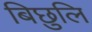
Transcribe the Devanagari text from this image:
बिछुलि